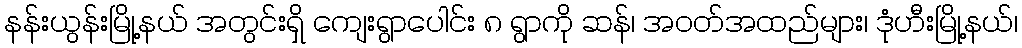
နန်းယွန်းမြို့နယ် အတွင်းရှိ ကျေးရွာပေါင်း ၈ ရွာကို ဆန်၊ အဝတ်အထည်များ၊ ဒုံဟီးမြို့နယ်၊